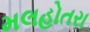
મલહોતરા